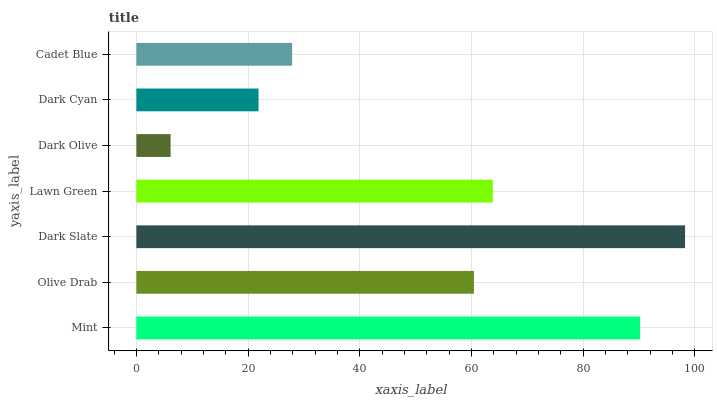
| yaxis_label | bars |
 | --- | --- |
 | Mint | 90.2 |
 | Olive Drab | 60.4 |
 | Dark Slate | 98.2 |
 | Lawn Green | 63.8 |
 | Dark Olive | 6.13 |
 | Dark Cyan | 21.9 |
 | Cadet Blue | 27.9 |